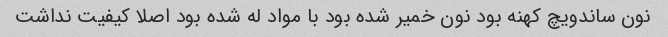
نون ساندویچ کهنه بود نون خمیر شده بود با مواد له شده بود اصلا کیفیت نداشت